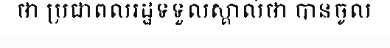
ថា ប្រជាពលរដ្ឋទទួលស្គាល់ថា បានចូល